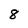
Character: 8